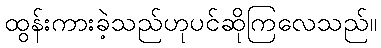
ထွန်းကားခဲ့သည်ဟုပင်ဆိုကြလေသည်။